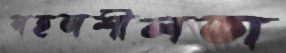
সহনশীলতা